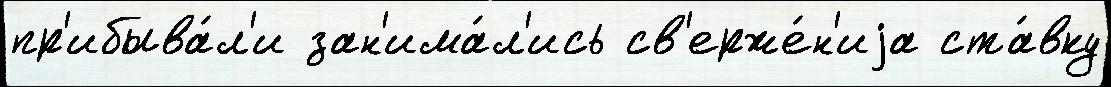
пр'ибыва́л'и зан'има́л'ись св'ерже́н'иjа ста́вку